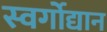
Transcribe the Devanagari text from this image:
स्वर्गोद्यान